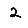
Digit: 2